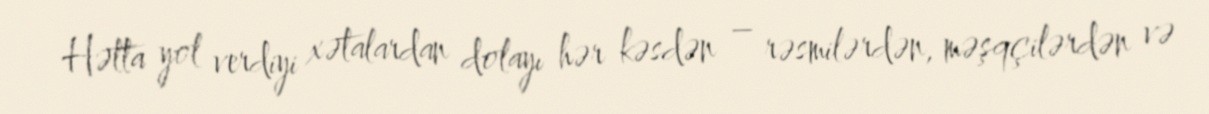
Hətta yol verdiyi xətalardan dolayı hər kəsdən – rəsmilərdən, məşqçilərdən və